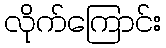
လိုက်ကြောင်း